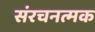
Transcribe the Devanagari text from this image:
संरचनत्मक